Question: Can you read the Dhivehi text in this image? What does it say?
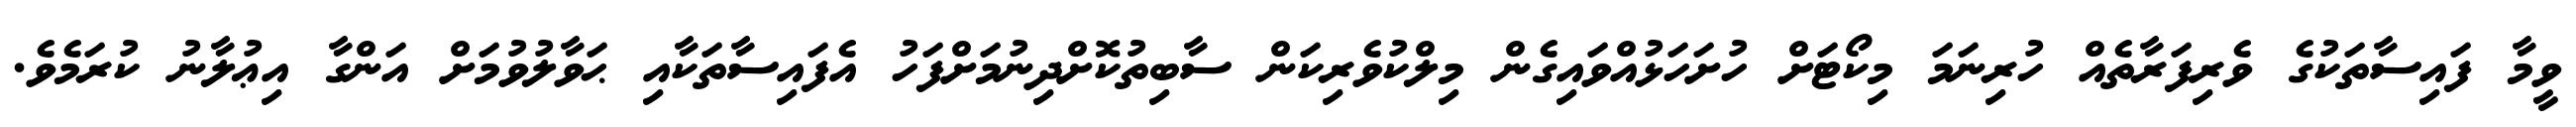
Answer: ވީމާ ފައިސާތަކުގެ ވެރިފަރާތެއް ހުރިނަމަ މިކޯޓަށް ހުށަހަޅުއްވައިގެން މިލްކުވެރިކަން ސާބިތުކޮށްދިނުމަށްފަހު އެފައިސާތަކާއި ޙަވާލުވުމަށް އަންގާ އިޢުލާނު ކުރަމެވެ.